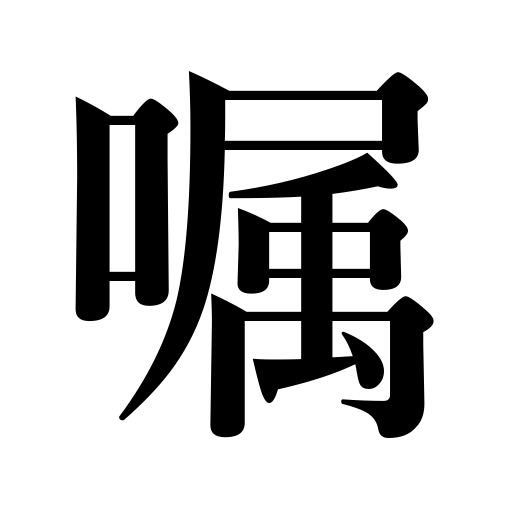
Meanings: requesting